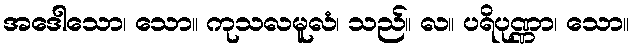
အဒေါသော၊ သော။ ကုသလမူလံ၊ သည်။ လ။ ပရိပုဏ္ဏာ၊ သော။